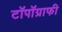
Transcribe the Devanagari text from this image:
टॉपॉग्राफी